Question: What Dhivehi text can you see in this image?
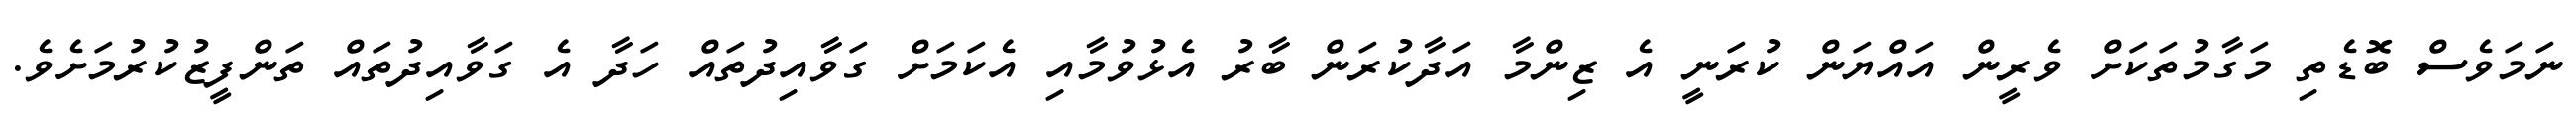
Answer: ނަމަވެސް ބޮޑެތި މަގާމުތަކަށް ވެރީން އައްޔަން ކުރަނީ އެ ޒިންމާ އަދާކުރަން ބާރު އެޅުވުމާއި އެކަމަށް ގަވާއިދުތައް ހަދާ އެ ގަވާއިދުތައް ތަންފީޒުކުރުމަށެވެ.